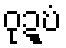
ဝုဍ္ဎံ